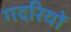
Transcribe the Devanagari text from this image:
गदरियों